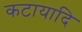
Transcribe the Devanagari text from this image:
कटायादि